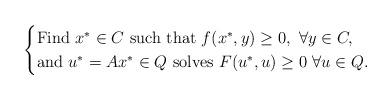
LaTeX: \begin{align*}\begin{cases}\mbox{Find}~x^*\in C~\mbox{such that} ~f(x^*,y)\ge 0,~\forall y\in C,\\\mbox{and}~u^*=Ax^*\in Q~\mbox{solves} ~F(u^*,u)\ge 0~\forall u\in Q.\end{cases}\end{align*}